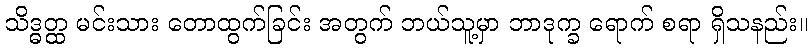
သိဒ္ဓတ္ထ မင်းသား တောထွက်ခြင်း အတွက် ဘယ်သူ့မှာ ဘာဒုက္ခ ရောက် စရာ ရှိသနည်း။